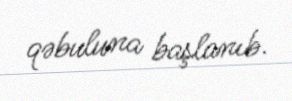
qəbuluna başlanıb.